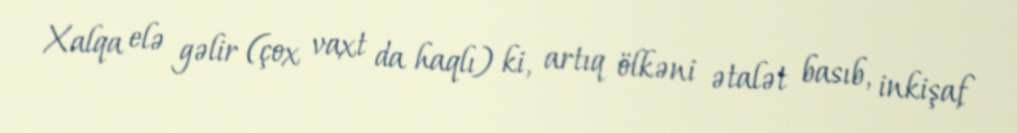
Xalqa elə gəlir (çox vaxt da haqlı) ki, artıq ölkəni ətalət basıb, inkişaf